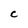
Character: C